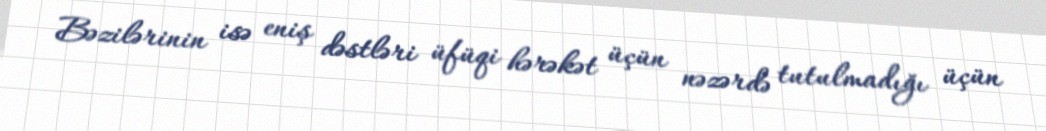
Bəzilərinin isə eniş dəstləri üfüqi hərəkət üçün nəzərdə tutulmadığı üçün